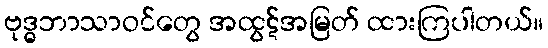
ဗုဒ္ဓဘာသာဝင်တွေ အထွဋ်အမြတ် ထားကြပါတယ်။